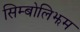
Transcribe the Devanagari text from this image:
सिम्बोलिझम